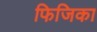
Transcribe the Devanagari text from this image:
फिजिका